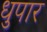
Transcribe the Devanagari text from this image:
धुपार